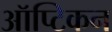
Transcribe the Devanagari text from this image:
ऑप्टिकन